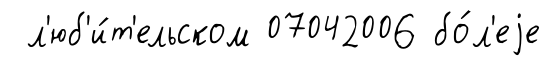
л'юб'и́т'ельском 07042006 бо́л'еjе